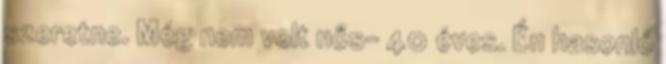
szeretne. Még nem volt nős- 40 éves. Én hasonló